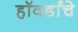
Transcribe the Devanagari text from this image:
हॉवर्डांचे